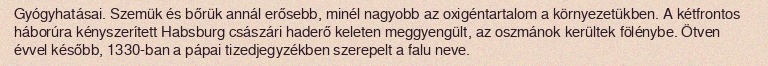
Gyógyhatásai. Szemük és bőrük annál erősebb, minél nagyobb az oxigéntartalom a környezetükben. A kétfrontos háborúra kényszerített Habsburg császári haderő keleten meggyengült, az oszmánok kerültek fölénybe. Ötven évvel később, 1330-ban a pápai tizedjegyzékben szerepelt a falu neve.